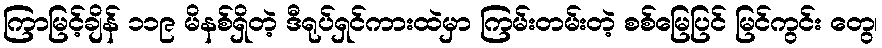
ကြာမြင့်ချိန် ၁၁၉ မိနစ်ရှိတဲ့ ဒီရုပ်ရှင်ကားထဲမှာ ကြမ်းတမ်းတဲ့ စစ်မြေပြင် မြင်ကွင်း တွေ၊